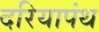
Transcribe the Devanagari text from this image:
दरियापंथ